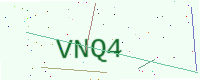
Text: VNQ4